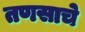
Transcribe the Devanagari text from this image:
तणसाचे